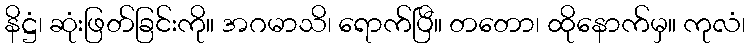
နိဋ္ဌံ၊ ဆုံးဖြတ်ခြင်းကို။ အဂမာသိ၊ ရောက်ပြီ။ တတော၊ ထိုနောက်မှ။ ကုလံ၊